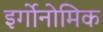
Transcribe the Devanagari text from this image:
इर्गोनोमिक